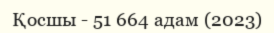
Қосшы - 51 664 адам (2023)